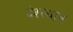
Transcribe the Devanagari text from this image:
दंश्स्थान